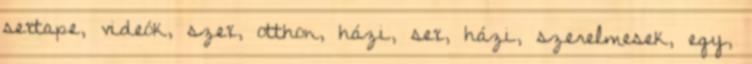
sextape, videók, szex, otthon, házi, sex, házi, szerelmesek, egy,